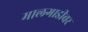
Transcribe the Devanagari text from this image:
मालगाडीवर